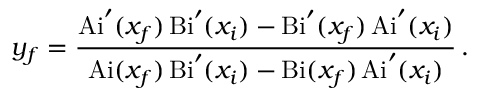
y _ { f } = \frac { \mathrm { A i } ^ { \prime } ( x _ { f } ) \, \mathrm { B i } ^ { \prime } ( x _ { i } ) - \mathrm { B i } ^ { \prime } ( x _ { f } ) \, \mathrm { A i } ^ { \prime } ( x _ { i } ) } { \mathrm { A i } ( x _ { f } ) \, \mathrm { B i } ^ { \prime } ( x _ { i } ) - \mathrm { B i } ( x _ { f } ) \, \mathrm { A i } ^ { \prime } ( x _ { i } ) } \, .